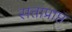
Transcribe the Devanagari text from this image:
सत्ताप्राप्त